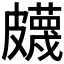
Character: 𥀯